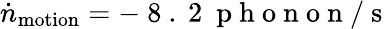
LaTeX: \begin{array}{r}{\dot{n}_{\mathrm{motion}}=-\mathrm{~8~.~2~}\mathrm{~p~h~o~n~o~n~}/\mathrm{~s~}}\end{array}